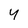
Character: 4